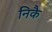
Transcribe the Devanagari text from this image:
निकै